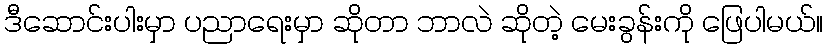
ဒီဆောင်းပါးမှာ ပညာရေးမှာ ဆိုတာ ဘာလဲ ဆိုတဲ့ မေးခွန်းကို ဖြေပါမယ်။